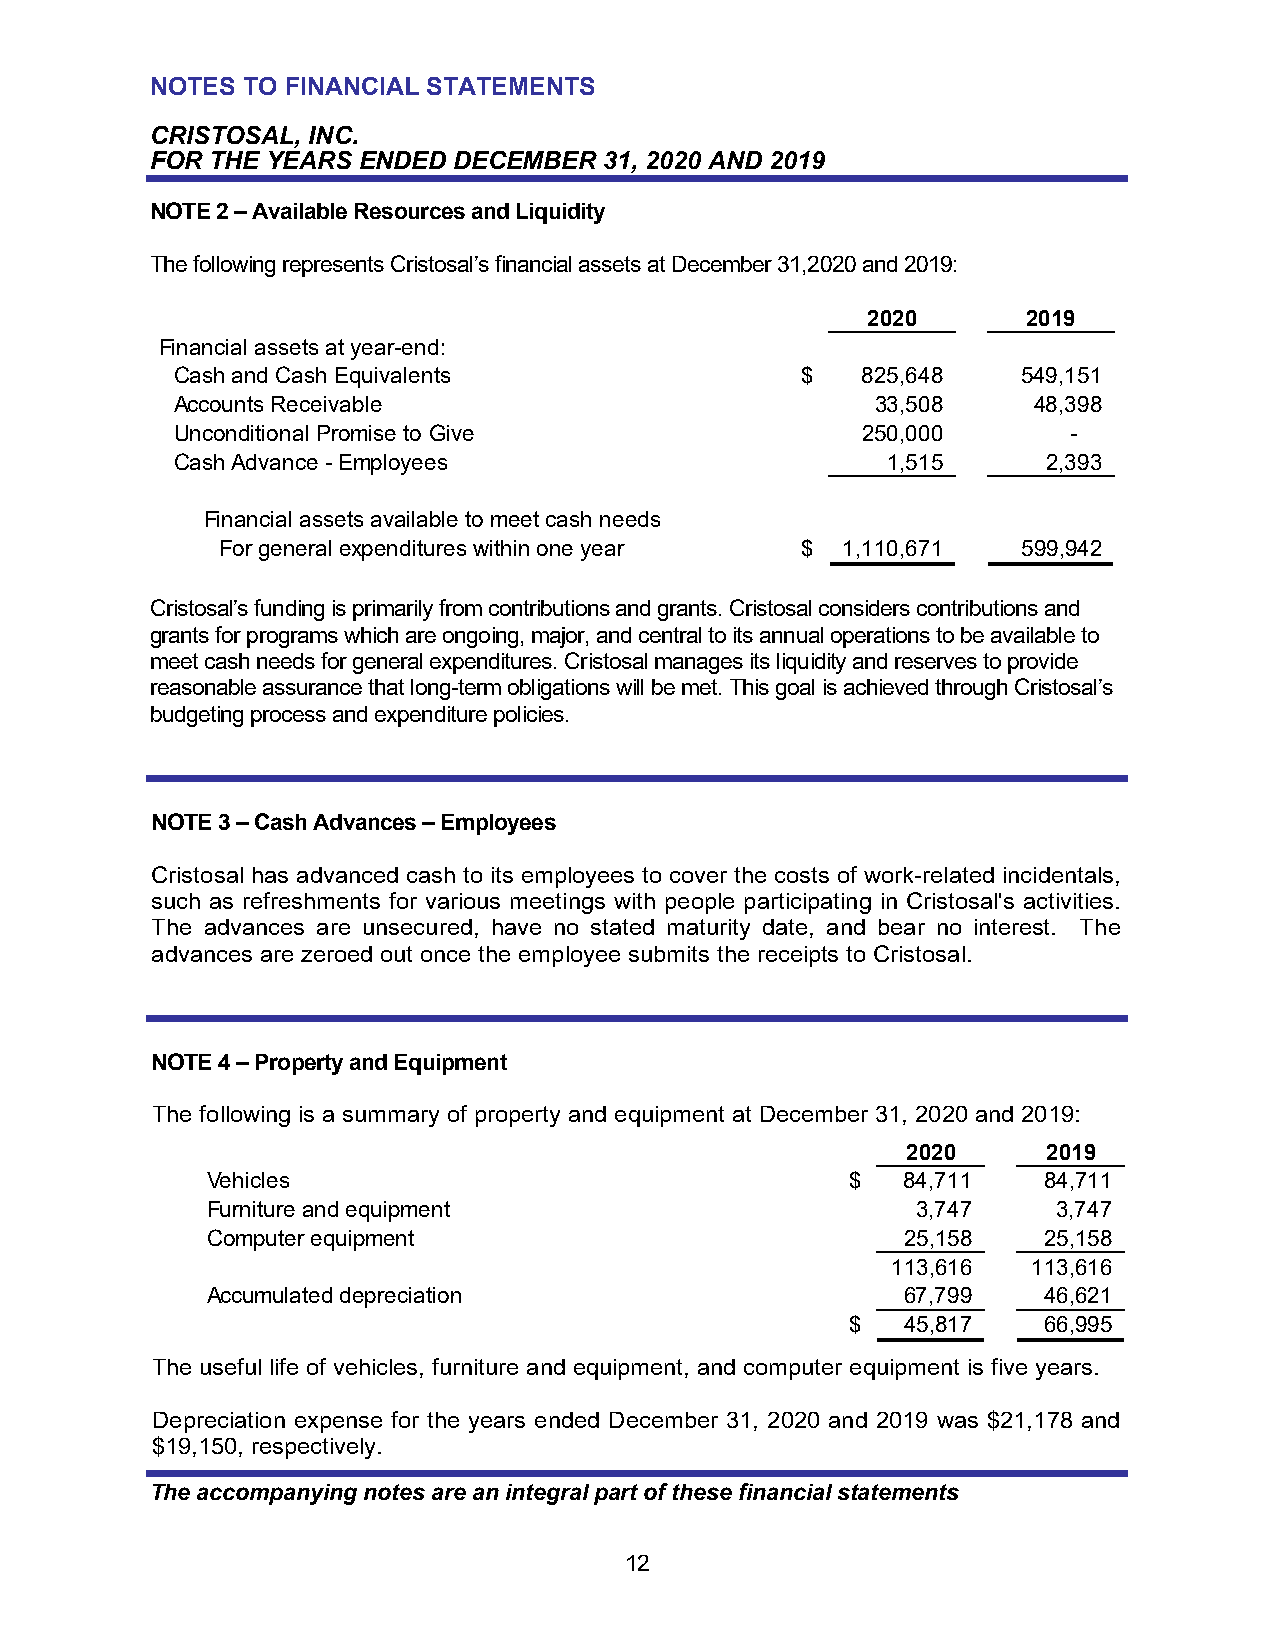
NOTES TO FINANCIAL STATEMENTS
 CRISTOSAL, INC.
 FOR THE YEARS ENDED DECEMBER  31, 2020 AND 2019
 NOTE 2 – Available Resources and Liquidity
 The following represents Cristosal’s financial assets at December 31,2020 and 2019:
 2020       2019
 Financial assets at year-end:
 Cash and Cash Equivalents                 $   825,648    549,151
 Accounts Receivable                            33,508    48,398
 Unconditional Promise to Give                 250,000       -
 Cash Advance - Employees                        1,515     2,393
 Financial assets available to meet cash needs
 For general expenditures within one year $ 1,110,671  599,942
 Cristosal’s funding is primarily from contributions and grants. Cristosal considers contributions and
 grants for programs which are ongoing, major, and central to its annual operations to be available to
 meet cash needs for general expenditures. Cristosal manages its liquidity and reserves to provide
 reasonable assurance that long-term obligations will be met. This goal is achieved through Cristosal’s
 budgeting process and expenditure policies.
 NOTE 3 – Cash Advances – Employees
 Cristosal has advanced cash to its employees to cover the costs of work-related incidentals,
 such as refreshments for various meetings with people participating in Cristosal's activities.
 The advances are unsecured, have no stated maturity date, and bear no interest. The
 advances are zeroed out once the employee submits the receipts to Cristosal.
 NOTE 4 – Property and Equipment
 The following is a summary of property and equipment at December 31, 2020 and 2019:
 2020     2019
 Vehicles                                  $   84,711   84,711
 Furniture and equipment                        3,747    3,747
 Computer equipment                            25,158   25,158
 113,616  113,616
 Accumulated depreciation                      67,799   46,621
 $   45,817   66,995
 The useful life of vehicles, furniture and equipment, and computer equipment is five years.
 Depreciation expense for the years ended December 31, 2020 and 2019 was $21,178 and
 $19,150, respectively.
 The accompanying notes are an integral part of these financial statements
 12